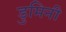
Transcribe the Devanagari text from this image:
डुमिनी